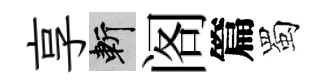
享斬阁篇蜀